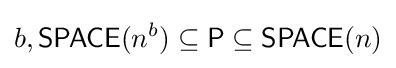
b,{\mathsf {SPACE}}(n^{b})\subseteq {\mathsf {P}}\subseteq {\mathsf {SPACE}}(n)